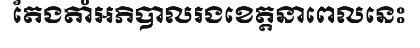
តែងតាំអភិបាលរងខេត្តនាពេលនេះ